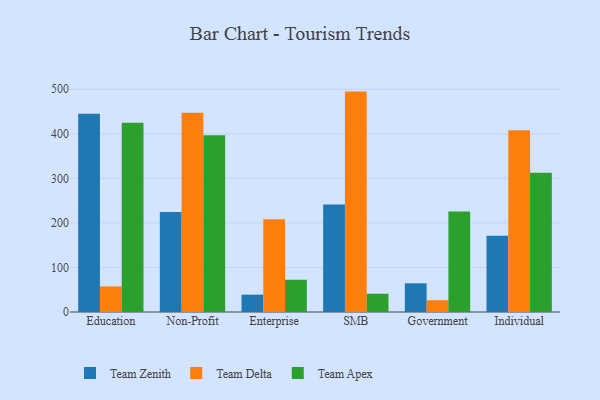
{"axis": {"x": "Segment", "y": "Satisfaction Score"}, "legend": ["Team Apex", "Team Delta", "Team Zenith"], "data": [{"x": "Education", "y": 444.9, "type": "Team Zenith"}, {"x": "Education", "y": 57.5, "type": "Team Delta"}, {"x": "Education", "y": 424.7, "type": "Team Apex"}, {"x": "Non-Profit", "y": 224.5, "type": "Team Zenith"}, {"x": "Non-Profit", "y": 447.1, "type": "Team Delta"}, {"x": "Non-Profit", "y": 397.0, "type": "Team Apex"}, {"x": "Enterprise", "y": 38.9, "type": "Team Zenith"}, {"x": "Enterprise", "y": 208.5, "type": "Team Delta"}, {"x": "Enterprise", "y": 72.4, "type": "Team Apex"}, {"x": "SMB", "y": 241.4, "type": "Team Zenith"}, {"x": "SMB", "y": 494.8, "type": "Team Delta"}, {"x": "SMB", "y": 41.0, "type": "Team Apex"}, {"x": "Government", "y": 64.4, "type": "Team Zenith"}, {"x": "Government", "y": 26.5, "type": "Team Delta"}, {"x": "Government", "y": 225.6, "type": "Team Apex"}, {"x": "Individual", "y": 171.1, "type": "Team Zenith"}, {"x": "Individual", "y": 408.2, "type": "Team Delta"}, {"x": "Individual", "y": 312.5, "type": "Team Apex"}]}